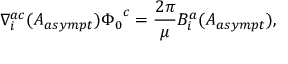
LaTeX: \nabla _ { i } ^ { a c } ( A _ { a s y m p t } ) { \Phi _ { 0 } } ^ { c } = \frac { 2 \pi } { \mu } B _ { i } ^ { a } ( A _ { a s y m p t } ) ,